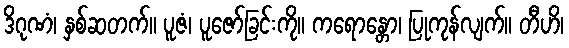
ဒိဂုဏံ၊ နှစ်ဆတက်။ ပူဇံ၊ ပူဇော်ခြင်းကို။ ကရောန္တော၊ ပြုကုန်လျက်။ တီဟိ၊